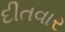
દીતવાર